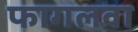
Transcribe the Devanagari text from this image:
फागलवा